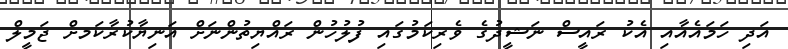
އަދި ހަމައެއާއި އެކު ރައީސް ނަޝީދުގެ ވެރިކަމުގައި ފުލުހުން ރައްޔިތުންނަށް އަނިޔާކުރާކަމށް ޖަމީލް